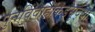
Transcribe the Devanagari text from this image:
पुनर्विवाहांकडेसुद्धा